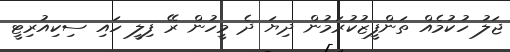
ޖަލު ހުކުމެއް ތަންފީޒުކުރަމުން ދިޔަ ދެ މީހުން ރޭ ފިލީ ހައި ސިކިއުރިޓީ